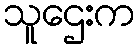
သူဌေးက